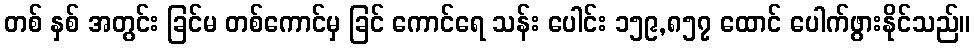
တစ် နှစ် အတွင်း ခြင်မ တစ်ကောင်မှ ခြင် ကောင်ရေ သန်း ပေါင်း ၁၅၉,၈၅၇ ထောင် ပေါက်ဖွားနိုင်သည်။